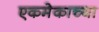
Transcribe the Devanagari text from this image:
एकमेकाच्या